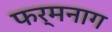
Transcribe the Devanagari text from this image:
फर्मनाग